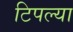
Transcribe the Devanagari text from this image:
टिपल्या